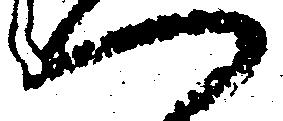
へ